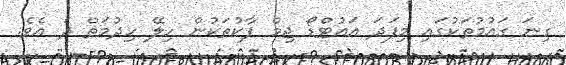
ގިނަ ގައުމުތަކުގައި މިފަދަ އައުޓްޑޯ ޖިމް ޕާކުތަކުން ހިލޭ ހިދުމަތް ދެ އެވެ.